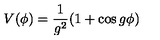
V ( \phi ) = \frac { 1 } { g ^ { 2 } } ( 1 + \cos g \phi )